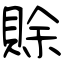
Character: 賖